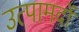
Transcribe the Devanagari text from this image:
उत्पामदों